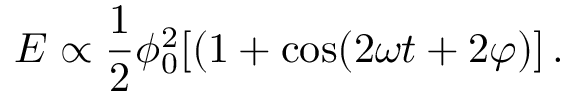
E \propto \frac 1 2 \phi _ { 0 } ^ { 2 } [ ( 1 + \cos ( 2 \omega t + 2 \varphi ) ] \, .